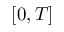
[ 0 , T ]